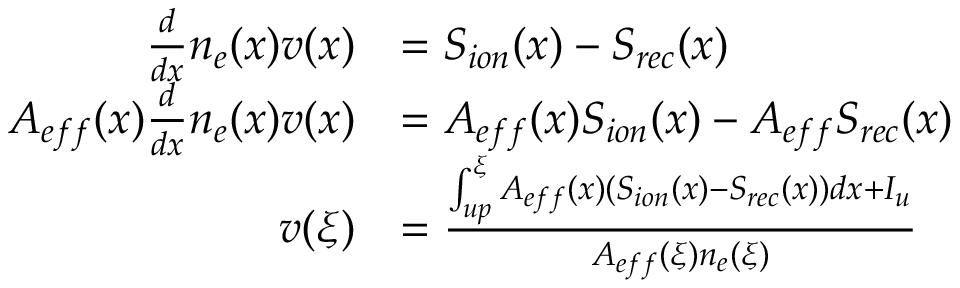
\begin{array} { r l } { \frac { d } { d x } n _ { e } ( x ) v ( x ) } & { = S _ { i o n } ( x ) - S _ { r e c } ( x ) } \\ { A _ { e f f } ( x ) \frac { d } { d x } n _ { e } ( x ) v ( x ) } & { = A _ { e f f } ( x ) S _ { i o n } ( x ) - A _ { e f f } S _ { r e c } ( x ) } \\ { v ( \xi ) } & { = \frac { \int _ { u p } ^ { \xi } A _ { e f f } ( x ) ( S _ { i o n } ( x ) - S _ { r e c } ( x ) ) d x + I _ { u } } { A _ { e f f } ( \xi ) n _ { e } ( \xi ) } } \end{array}